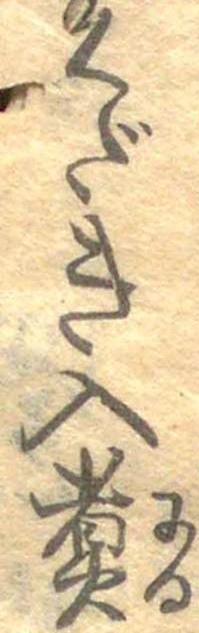
くだき入煮